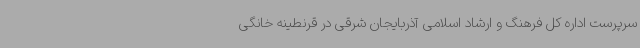
سرپرست اداره کل فرهنگ و ارشاد اسلامی آذربایجان شرقی در قرنطینه خانگی